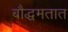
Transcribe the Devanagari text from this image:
बौद्धमतात